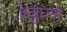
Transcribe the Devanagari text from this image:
शत्रुघ्नो